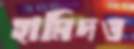
হামিদও